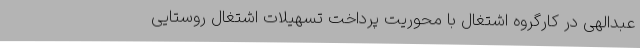
عبدالهی در کارگروه اشتغال با محوریت پرداخت تسهیلات اشتغال روستایی